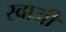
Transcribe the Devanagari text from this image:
स्वाजी